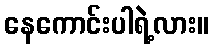
နေကောင်းပါရဲ့လား။